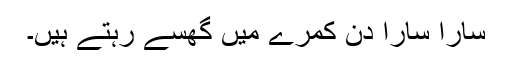
سارا سارا دن کمرے میں گھسے رہتے ہیں۔